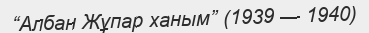
“Албан Жұпар ханым” (1939 — 1940)